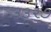
૩૩૨૭